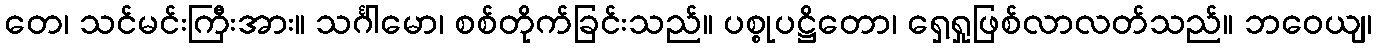
တေ၊ သင်မင်းကြီးအား။ သင်္ဂါမော၊ စစ်တိုက်ခြင်းသည်။ ပစ္စုပဋ္ဌိတော၊ ရှေ့ရှုဖြစ်လာလတ်သည်။ ဘဝေယျ၊